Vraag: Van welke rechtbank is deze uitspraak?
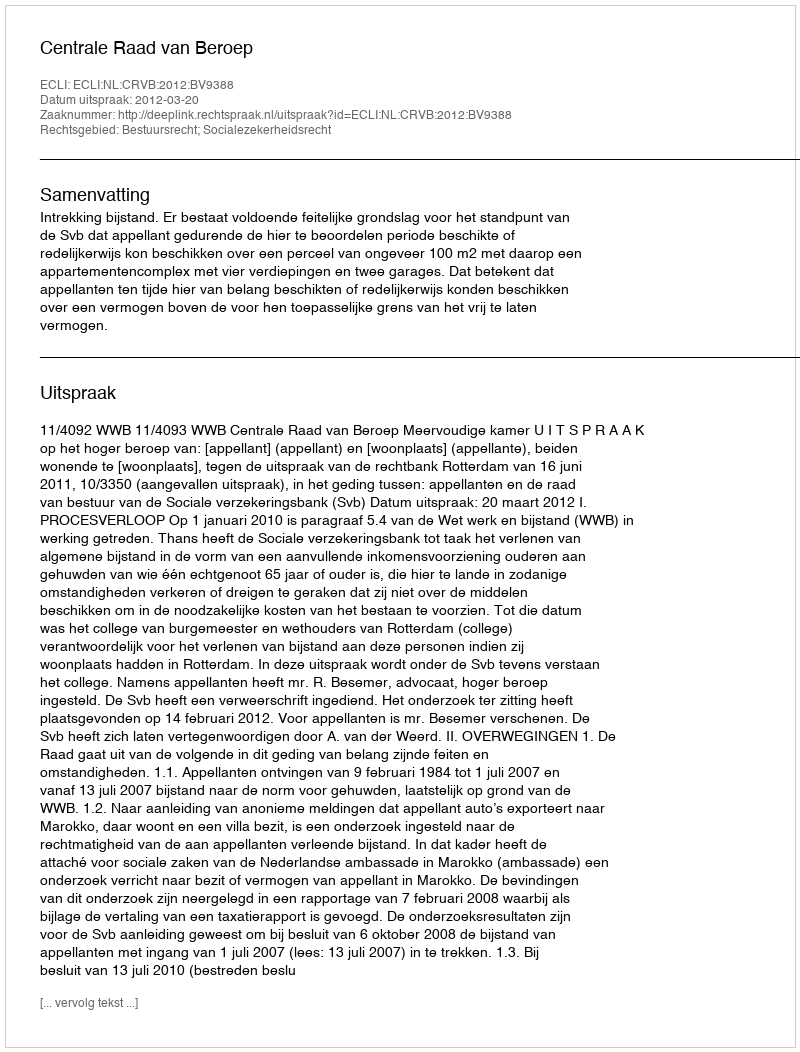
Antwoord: Centrale Raad van Beroep